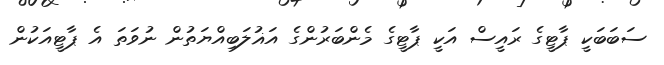
ސަބަބަކީ ޕާޓީގެ ރައީސް އަކީ ޕާޓީގެ މެންބަރުންގެ އަޣުލަބިއްޔަތުން ނުވަތަ އެ ޕާޓީއަކުން